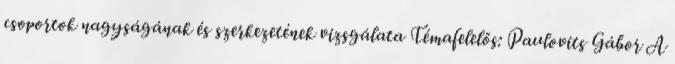
csoportok nagyságának és szerkezetének vizsgálata Témafelelős: Paulovits Gábor A